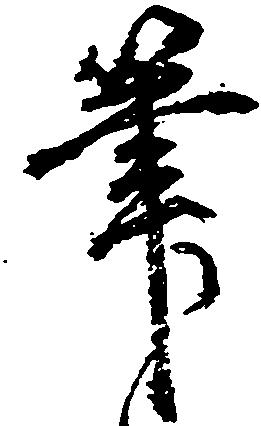
筆